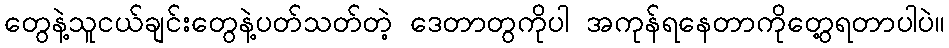
တွေနဲ့သူငယ်ချင်းတွေနဲ့ပတ်သတ်တဲ့ ဒေတာတွကိုပါ အကုန်ရနေတာကိုတွေ့ရတာပါပဲ။